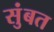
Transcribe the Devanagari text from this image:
सुंबत